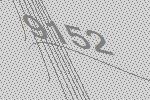
9152